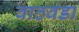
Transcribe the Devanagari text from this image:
वाठवडा